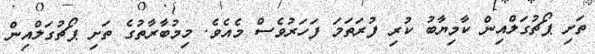
ތަށި ޕޯޗުގަލްއިން ކާމިޔާބު ކުރި ފުރަތަމަ ފަހަރުވެސް މެއެވެ. މިމުބާރާތުގެ ތަށި ޕޯޗުގަލްއިން